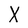
Character: X